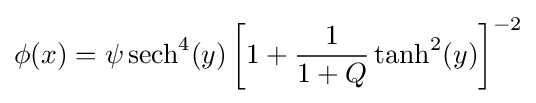
\phi (x)=\psi \operatorname {sech} ^{4}(y)\left[1+{\frac {1}{1+Q}}\tanh ^{2}(y)\right]^{-2}